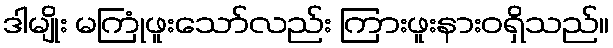
ဒါမျိုး မကြုံဖူးသော်လည်း ကြားဖူးနားဝရှိသည်။